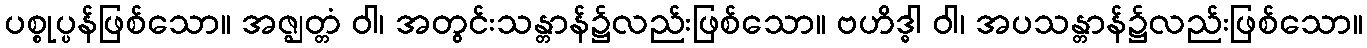
ပစ္စုပ္ပန်ဖြစ်သော။ အဇ္ဈတ္တံ ဝါ၊ အတွင်းသန္တာန်၌လည်းဖြစ်သော။ ဗဟိဒ္ဓါ ဝါ၊ အပသန္တာန်၌လည်းဖြစ်သော။